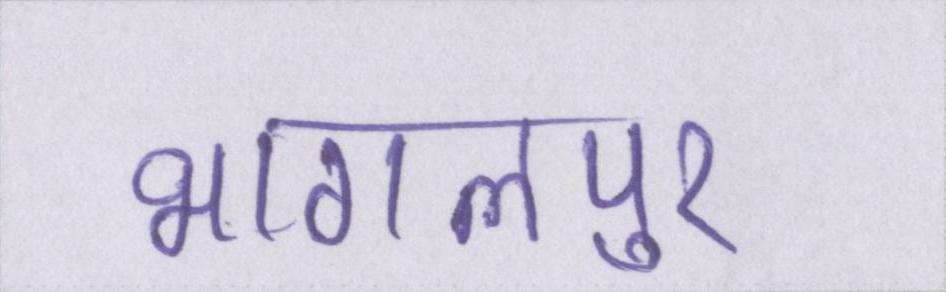
भागलपुर